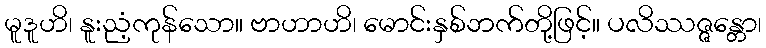
မူဒူဟိ၊ နူးညံ့ကုန်သော။ ဗာဟာဟိ၊ မောင်းနှစ်ဘက်တို့ဖြင့်။ ပလိဿဇ္ဇန္တော၊